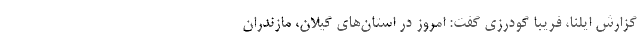
گزارش ایلنا، فریبا گودرزی گفت: امروز در استان‌های گیلان، مازندران